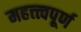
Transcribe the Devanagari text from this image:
महत्त्त्वपूर्ण